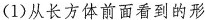
(1)从长方体前面看到的形